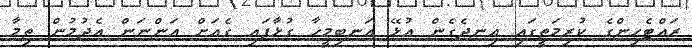
ރައްޓެހިންގެ ކުރިމަތީގައި އިނދެގެން އުޅޭ އަނބިމީހާ ގުޅާފައި ގެއަށް އަންނަން އެދުމުން ތިމާ